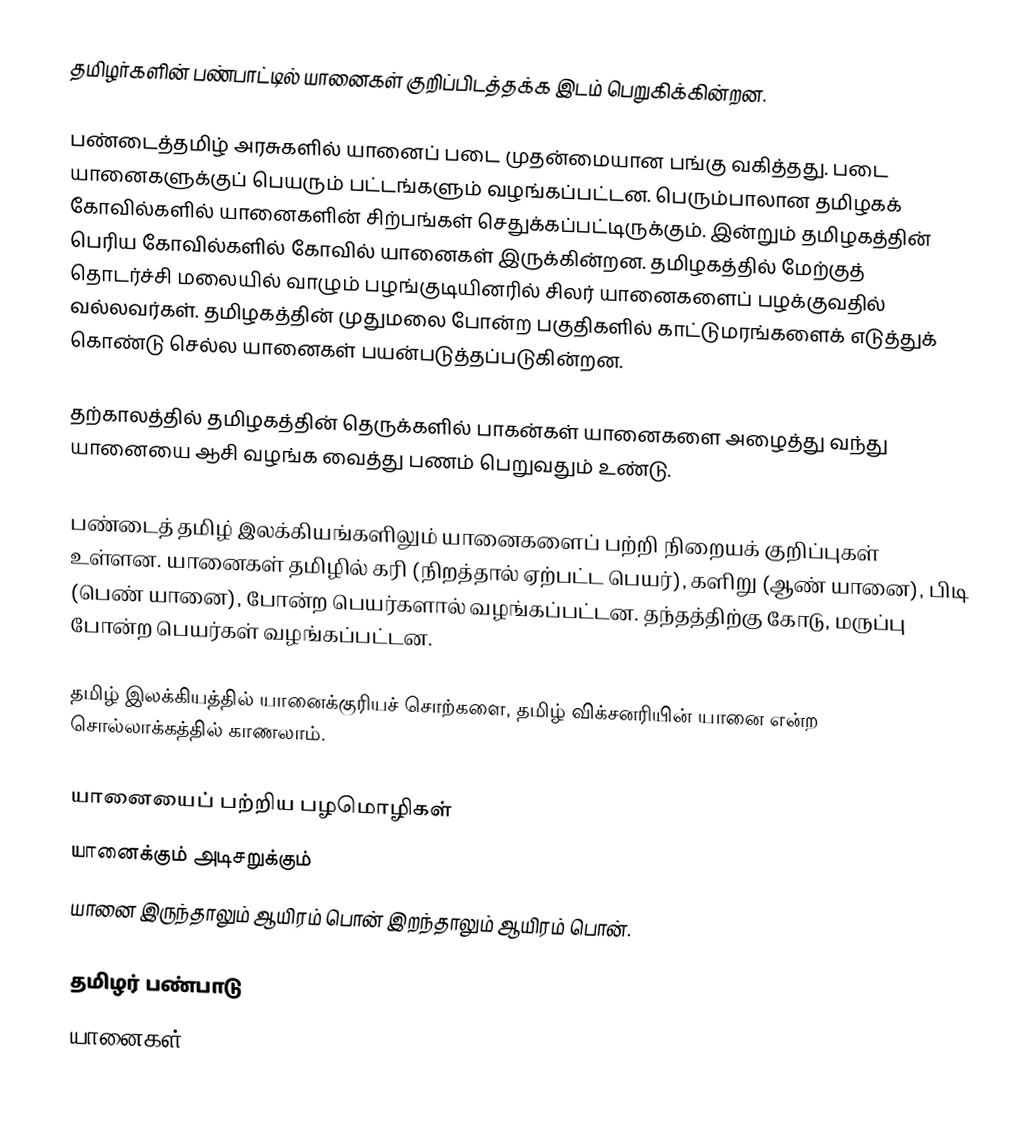
தமிழர்களின் பண்பாட்டில் யானைகள் குறிப்பிடத்தக்க இடம் பெறுகிக்கின்றன.

பண்டைத்தமிழ் அரசுகளில் யானைப் படை முதன்மையான பங்கு வகித்தது. படை யானைகளுக்குப் பெயரும் பட்டங்களும் வழங்கப்பட்டன. பெரும்பாலான தமிழகக் கோவில்களில் யானைகளின் சிற்பங்கள் செதுக்கப்பட்டிருக்கும். இன்றும் தமிழகத்தின் பெரிய கோவில்களில் கோவில் யானைகள் இருக்கின்றன. தமிழகத்தில் மேற்குத் தொடர்ச்சி மலையில் வாழும் பழங்குடியினரில் சிலர் யானைகளைப் பழக்குவதில் வல்லவர்கள். தமிழகத்தின் முதுமலை போன்ற பகுதிகளில் காட்டுமரங்களைக் எடுத்துக் கொண்டு செல்ல யானைகள் பயன்படுத்தப்படுகின்றன.

தற்காலத்தில் தமிழகத்தின் தெருக்களில் பாகன்கள் யானைகளை அழைத்து வந்து யானையை ஆசி வழங்க வைத்து  பணம் பெறுவதும் உண்டு.

பண்டைத் தமிழ் இலக்கியங்களிலும் யானைகளைப் பற்றி நிறையக் குறிப்புகள் உள்ளன. யானைகள் தமிழில் கரி (நிறத்தால் ஏற்பட்ட பெயர்), களிறு (ஆண் யானை), பிடி (பெண் யானை),  போன்ற பெயர்களால் வழங்கப்பட்டன. தந்தத்திற்கு கோடு, மருப்பு போன்ற பெயர்கள் வழங்கப்பட்டன.

தமிழ் இலக்கியத்தில் யானைக்குரியச் சொற்களை, தமிழ் விக்சனரியின் யானை என்ற சொல்லாக்கத்தில் காணலாம்.

யானையைப் பற்றிய பழமொழிகள்
 யானைக்கும் அடிசறுக்கும்
 யானை இருந்தாலும் ஆயிரம் பொன் இறந்தாலும் ஆயிரம் பொன்.

தமிழர் பண்பாடு
யானைகள்